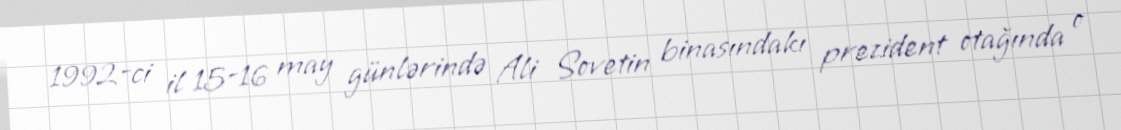
1992-ci il 15-16 may günlərində Ali Sovetin binasındakı prezident otağında o